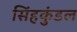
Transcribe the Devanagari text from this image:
सिंहकुंडल